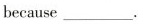
because___ .